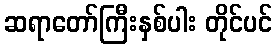
ဆရာတော်ကြီးနှစ်ပါး တိုင်ပင်